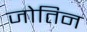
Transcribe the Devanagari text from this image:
जोतिन